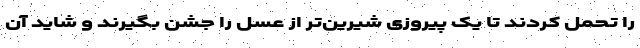
را تحمل کردند تا یک پیروزی شیرین‌تر از عسل را جشن بگیرند و شاید آن